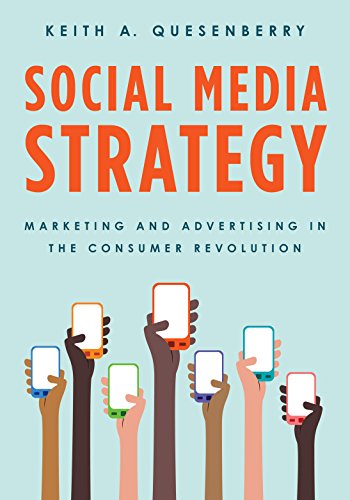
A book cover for Social Media Strategy: Marketing and Advertising in the Consumer Revolution; Keith A. Quesenberry; Business & Money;